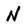
Character: N